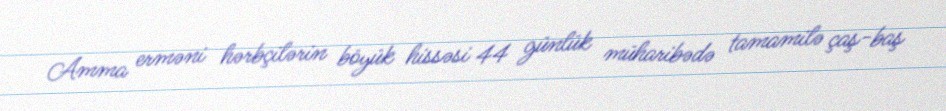
Amma erməni hərbçilərin böyük hissəsi 44 günlük müharibədə tamamilə çaş-baş